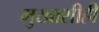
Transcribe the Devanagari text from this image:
मुखाशीही